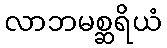
လာဘမစ္ဆရိယံ